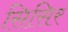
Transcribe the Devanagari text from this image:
सिसिर